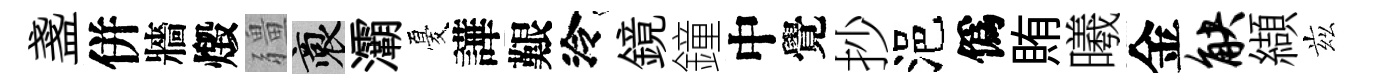
盞併牆燬疆裔灞憂譁艱泠鏡鐘中覺抄浥僞賄曦金觖纈兹